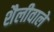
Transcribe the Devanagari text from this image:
शैलीवाले